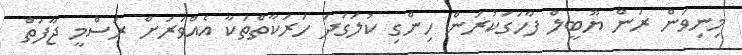
މިނިވަން ރަން ޔޫބީލް ފާހަގަކުރަން ހިންގި ކުލަގަދަ ހަރަކާތްތަކާ އެއްވަރަށް ރަސްމީ ޖާފަތް